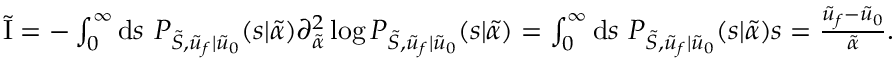
\begin{array} { r } { \tilde { \mathrm { I } } = - \int _ { 0 } ^ { \infty } \mathrm { d } s \ P _ { \tilde { S } , \tilde { u } _ { f } | \tilde { u } _ { 0 } } ( s | \tilde { \alpha } ) \partial _ { \tilde { \alpha } } ^ { 2 } \log P _ { \tilde { S } , \tilde { u } _ { f } | \tilde { u } _ { 0 } } ( s | \tilde { \alpha } ) = \int _ { 0 } ^ { \infty } \mathrm { d } s \ P _ { \tilde { S } , \tilde { u } _ { f } | \tilde { u } _ { 0 } } ( s | \tilde { \alpha } ) s = \frac { \tilde { u } _ { f } - \tilde { u } _ { 0 } } { \tilde { \alpha } } . } \end{array}